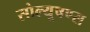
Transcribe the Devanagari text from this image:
सोल्यूषण्स